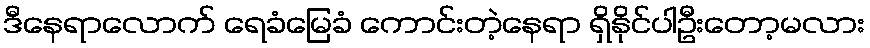
ဒီနေရာလောက် ရေခံမြေခံ ကောင်းတဲ့နေရာ ရှိနိုင်ပါဦးတော့မလား